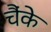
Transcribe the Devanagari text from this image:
चैंके